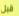
قبل